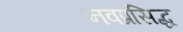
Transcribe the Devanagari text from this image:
नवप्रसिद्ध